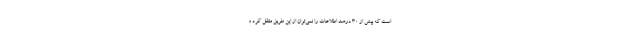
است که بیش از 30 درصد اطلاعات را نمی‌توان از این طریق منتقل کرد و